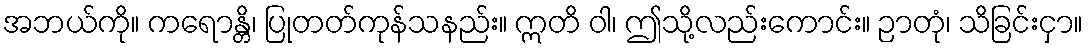
အဘယ်ကို။ ကရောန္တိ၊ ပြုတတ်ကုန်သနည်း။ ဣတိ ဝါ၊ ဤသို့လည်းကောင်း။ ဉာတုံ၊ သိခြင်းငှာ။